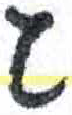
אות: ג